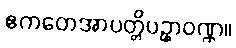
ဧကတေအာပတ္တိပဥှာဝဏ္ဏ။